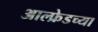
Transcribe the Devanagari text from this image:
आल्फ्रेडच्या